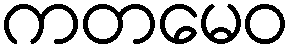
ကတမေဝ